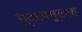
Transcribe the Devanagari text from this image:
भूदानमूलक